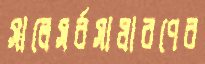
সালেসর্বসাধারণের